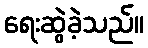
ရေးဆွဲခဲ့သည်။